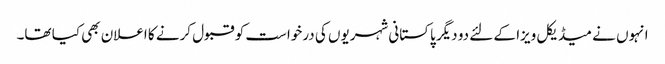
انہوں نے میڈیکل ویزا کے لئے دو دیگر پاکستانی شہریوں کی درخواست کو قبول کرنے کا اعلان بھی کیا تھا۔